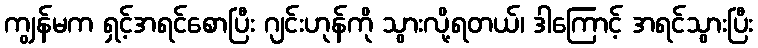
ကျွန်မက ရှင့်အရင်စောပြီး ဂျင်းဟုန်ကို သွားလို့ရတယ်၊ ဒါကြောင့် အရင်သွားပြီး